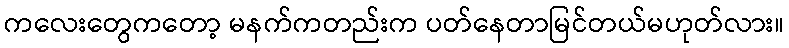
ကလေးတွေကတော့ မနက်ကတည်းက ပတ်နေတာမြင်တယ်မဟုတ်လား။